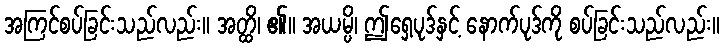
အကြင်စပ်ခြင်းသည်လည်း။ အတ္ထိ၊ ၏။ အယမ္ပိ၊ ဤရှေ့ပုဒ်နှင့် နောက်ပုဒ်ကို စပ်ခြင်းသည်လည်း။